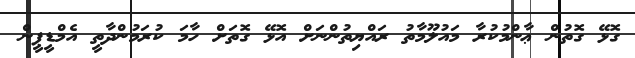
ގޮޅޭ ގޮތުން ޢާންމުކުރާ މައުލޫމާތު ރައްޔިތުންނަށް އޮޅޭ ގޮތަށް ހާމަ ކުރަމުންދާތީ އެމްޑީޕީން